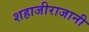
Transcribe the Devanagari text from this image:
शहाजीराजानी